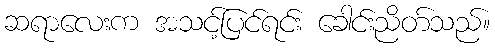
ဆရာလေးက အသင့်ပြင်ရင်း ခေါင်းညိတ်သည်။